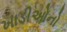
ખાડીઓનો